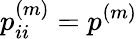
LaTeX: p_{ii}^{(m)}=p^{(m)}